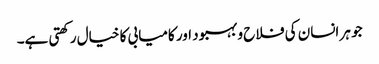
جو ہر انسان کی فلاح و بہبود اور کامیابی کا خیال رکھتی ہے۔